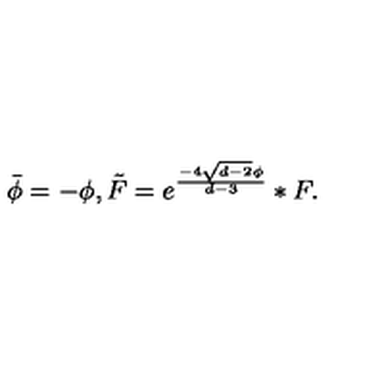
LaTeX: \bar { \phi } = - \phi , \tilde { F } = e ^ { \frac { - 4 \sqrt { d - 2 } \phi } { d - 3 } } \ast F .